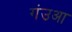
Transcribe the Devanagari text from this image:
गंउआ